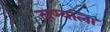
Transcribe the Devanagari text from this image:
दाण्याला